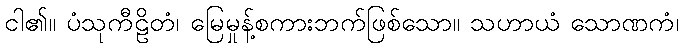
ငါ၏။ ပံသုကီဠိတံ၊ မြေမှုန့်စကားဘက်ဖြစ်သော။ သဟာယံ သောဏကံ၊